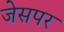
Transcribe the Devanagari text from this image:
जेसपर